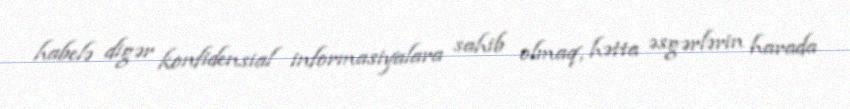
habelə digər konfidensial informasiyalara sahib olmaq, hətta əsgərlərin harada